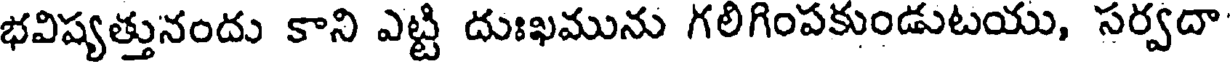
భవిష్యత్తునందు కాని ఎట్టి దుఃఖమును గలిగింపకుండుటయు, సర్వదా